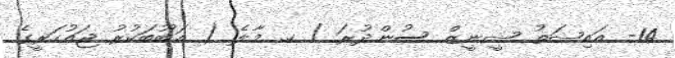
14- އައިޝަތު ޝީނީޒް ސުންދުރަ / ކ. މާލެ ( އަބޫބަކުރު ޖައުހަރީގެ